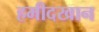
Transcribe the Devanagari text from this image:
हमीदखान